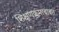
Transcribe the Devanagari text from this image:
शिक्षणक्रमाबाबत